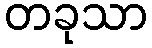
တခုသာ